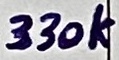
Text: 330k